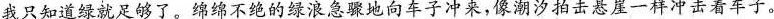
我只知道绿就足够了。绵绵不绝的绿浪急骤地向车子冲来，像潮汐拍击悬崖一样冲击着车子。